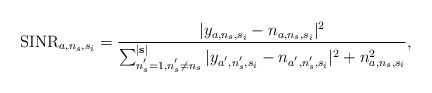
\begin{align*} \mathrm{SINR}_{a,n_s,s_i} = \frac{|y_{a,n_s,s_i} - n_{a,n_s,s_i}|^2}{ \sum_{n_s^{'}=1,n_s^{'}\neq n_s}^{|\mathbf{s}|} |y_{a^{'},n_s^{'},s_i}-n_{a^{'},n_s^{'},s_i}|^2+{n_{a,n_s,s_i}^2}},\end{align*}